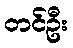
တင်ဦး